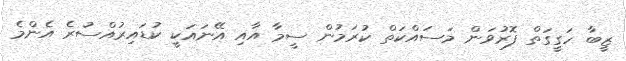
ޒީބާ ހަގީގަތް ފޮރުވަން މަސައްކަތް ކުރަމުން ސީމާ އާއި އޭނައަކީ ކުޑައިރުއްސުރެ އެންމެ